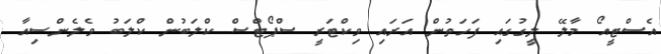
އެސްޓީއޯ މާލޭ ލީގުގައި ފަހަތުން އަރައި ވިކްޓަރީ ސްޕޯޓްސް ކްލަބުން ކްލަބު ވެލެންސިއާ